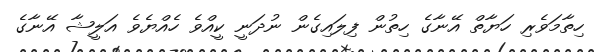
ހިތާމަވެރި ހަޔާތް އޭނާގެ ހިތުން ފިލައިގެން ނުދަނީ ކީއްވެ ހެއްޔެވެ އަލީޝާ އޭނާގެ